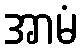
အာမံ